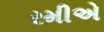
રમીએ